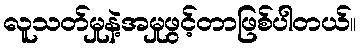
လူသတ်မှုနဲ့အမှုဖွင့်တာဖြစ်ပါတယ်။